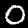
Label: 0